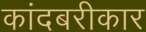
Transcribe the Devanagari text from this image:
कांदबरीकार